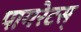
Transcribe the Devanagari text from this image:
पायरेटस्